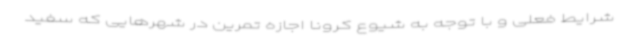
شرایط فعلی و با توجه به شیوع کرونا اجازه تمرین در شهرهایی که سفید